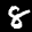
Label: 8